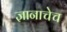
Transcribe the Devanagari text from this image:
ज्ञानाचेच